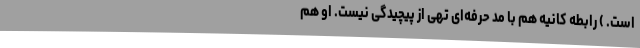
است. ) رابطه کانیه هم با مُدِ حرفه‌ای تهی از پیچیدگی‌ نیست. او هم